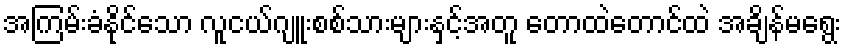
အကြမ်းခံနိုင်သော လူငယ်ဂျူးစစ်သားများနှင့်အတူ တောထဲတောင်ထဲ အချိန်မရွေး